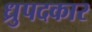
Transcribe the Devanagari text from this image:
ध्रुपदकार